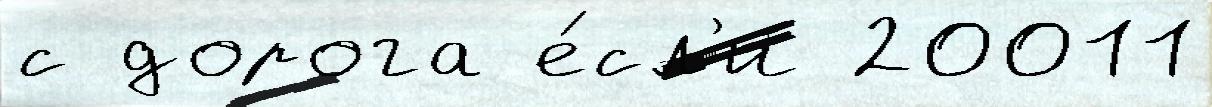
с дорога е́сл'и 20011